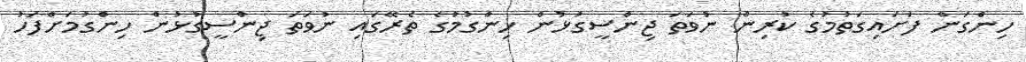
ހިންގަން ފަށައިގަތުމުގެ ކުރިން ނުވަތަ ޖިންސީގުޅުން ހިންގުމުގެ ތެރޭގައި ނުވަތަ ޖިންސީގުޅުން ހިންގުމަށްފަހު